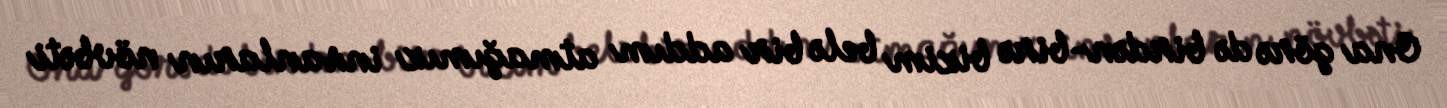
Ona görə də birdən-birə bizim belə bir addım atmağımız insanların növbəti